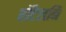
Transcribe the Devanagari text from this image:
हॉटेलनि